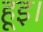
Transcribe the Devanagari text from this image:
हूइ।